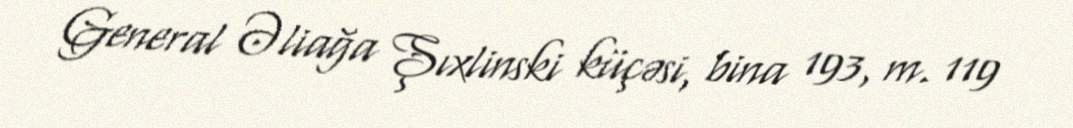
General Əliağa Şıxlinski küçəsi, bina 193, m. 119